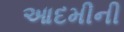
આદમીની